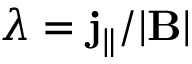
\lambda = \mathbf { j } _ { \parallel } / | \mathbf { B } |